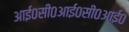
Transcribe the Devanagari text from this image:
आई०सी०आई०सी०आई०